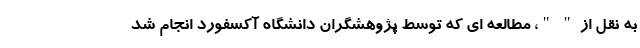
به نقل از " "، مطالعه ای که توسط پژوهشگران دانشگاه آکسفورد انجام شد